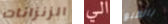
الزنزانات الى بالطبع